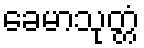
ခေမာသုတ္တံ